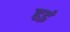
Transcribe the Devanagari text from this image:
हइं